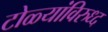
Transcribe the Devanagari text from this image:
टोळ्यांविरुध्द